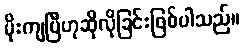
မိုးကျပြီဟုဆိုလိုခြင်းဖြစ်ပါသည်။